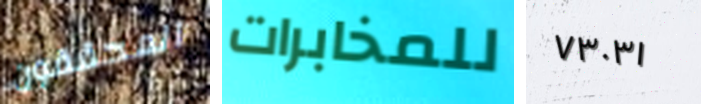
المحققون للمخابرات ٧٣٠٣١